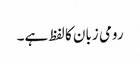
رومی زبان کا لفظ ہے۔